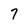
Character: 7